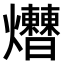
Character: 𤓗